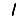
Digit: 1